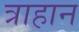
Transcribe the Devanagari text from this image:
त्राहान